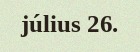
július 26.